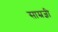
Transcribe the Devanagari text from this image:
साम्रज्ञी